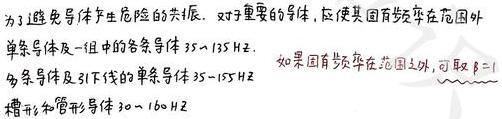
为了避免导体产生危险的共振，对于重要的导体，应使其固有频率在范围外：
 - 单条导体及一组中的各条导体：$35\sim135\mathrm{Hz}$。
 - 多条导体及引下线的单条导体：$35\sim155\mathrm{Hz}$。
 - 槽形和管形导体：$30\sim160\mathrm{Hz}$。
如果固有频率在范围之外，可取$\beta = 1$。